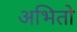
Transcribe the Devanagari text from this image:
अभितो